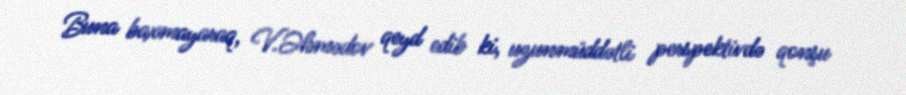
Buna baxmayaraq, V.Əhmədov qeyd edib ki, uzunmüddətli perspektivdə qonşu